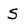
Character: S